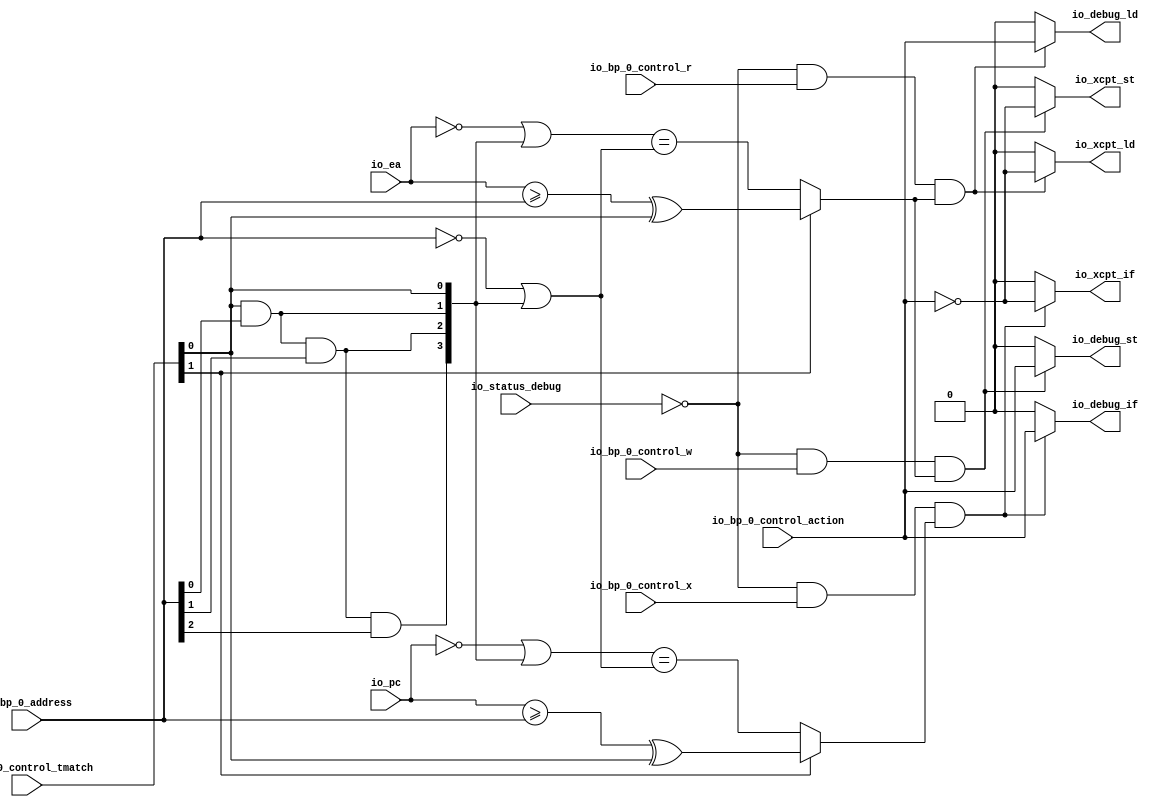
module BreakpointUnit( // @[:freechips.rocketchip.system.TinyConfig.fir@123153.2]
  input         io_status_debug, // @[:freechips.rocketchip.system.TinyConfig.fir@123156.4]
  input         io_bp_0_control_action, // @[:freechips.rocketchip.system.TinyConfig.fir@123156.4]
  input  [1:0]  io_bp_0_control_tmatch, // @[:freechips.rocketchip.system.TinyConfig.fir@123156.4]
  input         io_bp_0_control_x, // @[:freechips.rocketchip.system.TinyConfig.fir@123156.4]
  input         io_bp_0_control_w, // @[:freechips.rocketchip.system.TinyConfig.fir@123156.4]
  input         io_bp_0_control_r, // @[:freechips.rocketchip.system.TinyConfig.fir@123156.4]
  input  [31:0] io_bp_0_address, // @[:freechips.rocketchip.system.TinyConfig.fir@123156.4]
  input  [31:0] io_pc, // @[:freechips.rocketchip.system.TinyConfig.fir@123156.4]
  input  [31:0] io_ea, // @[:freechips.rocketchip.system.TinyConfig.fir@123156.4]
  output        io_xcpt_if, // @[:freechips.rocketchip.system.TinyConfig.fir@123156.4]
  output        io_xcpt_ld, // @[:freechips.rocketchip.system.TinyConfig.fir@123156.4]
  output        io_xcpt_st, // @[:freechips.rocketchip.system.TinyConfig.fir@123156.4]
  output        io_debug_if, // @[:freechips.rocketchip.system.TinyConfig.fir@123156.4]
  output        io_debug_ld, // @[:freechips.rocketchip.system.TinyConfig.fir@123156.4]
  output        io_debug_st // @[:freechips.rocketchip.system.TinyConfig.fir@123156.4]
);
  wire  _T; // @[Breakpoint.scala 30:35:freechips.rocketchip.system.TinyConfig.fir@123167.4]
  wire  _T_7; // @[Breakpoint.scala 79:16:freechips.rocketchip.system.TinyConfig.fir@123174.4]
  wire  _T_8; // @[Breakpoint.scala 47:23:freechips.rocketchip.system.TinyConfig.fir@123175.4]
  wire  _T_9; // @[Breakpoint.scala 44:8:freechips.rocketchip.system.TinyConfig.fir@123176.4]
  wire  _T_10; // @[Breakpoint.scala 44:36:freechips.rocketchip.system.TinyConfig.fir@123177.4]
  wire  _T_11; // @[Breakpoint.scala 44:20:freechips.rocketchip.system.TinyConfig.fir@123178.4]
  wire [31:0] _T_12; // @[Breakpoint.scala 41:6:freechips.rocketchip.system.TinyConfig.fir@123179.4]
  wire  _T_14; // @[Breakpoint.scala 38:83:freechips.rocketchip.system.TinyConfig.fir@123181.4]
  wire  _T_15; // @[Breakpoint.scala 38:73:freechips.rocketchip.system.TinyConfig.fir@123182.4]
  wire  _T_16; // @[Breakpoint.scala 38:83:freechips.rocketchip.system.TinyConfig.fir@123183.4]
  wire  _T_17; // @[Breakpoint.scala 38:73:freechips.rocketchip.system.TinyConfig.fir@123184.4]
  wire  _T_18; // @[Breakpoint.scala 38:83:freechips.rocketchip.system.TinyConfig.fir@123185.4]
  wire  _T_19; // @[Breakpoint.scala 38:73:freechips.rocketchip.system.TinyConfig.fir@123186.4]
  wire [3:0] _T_22; // @[Cat.scala 30:58:freechips.rocketchip.system.TinyConfig.fir@123189.4]
  wire [31:0] _GEN_9; // @[Breakpoint.scala 41:9:freechips.rocketchip.system.TinyConfig.fir@123190.4]
  wire [31:0] _T_23; // @[Breakpoint.scala 41:9:freechips.rocketchip.system.TinyConfig.fir@123190.4]
  wire [31:0] _T_24; // @[Breakpoint.scala 41:24:freechips.rocketchip.system.TinyConfig.fir@123191.4]
  wire [31:0] _T_35; // @[Breakpoint.scala 41:33:freechips.rocketchip.system.TinyConfig.fir@123202.4]
  wire  _T_36; // @[Breakpoint.scala 41:19:freechips.rocketchip.system.TinyConfig.fir@123203.4]
  wire  _T_37; // @[Breakpoint.scala 47:8:freechips.rocketchip.system.TinyConfig.fir@123204.4]
  wire  _T_38; // @[Breakpoint.scala 79:32:freechips.rocketchip.system.TinyConfig.fir@123205.4]
  wire  _T_39; // @[Breakpoint.scala 80:16:freechips.rocketchip.system.TinyConfig.fir@123206.4]
  wire  _T_70; // @[Breakpoint.scala 80:32:freechips.rocketchip.system.TinyConfig.fir@123237.4]
  wire  _T_71; // @[Breakpoint.scala 81:16:freechips.rocketchip.system.TinyConfig.fir@123238.4]
  wire  _T_73; // @[Breakpoint.scala 44:8:freechips.rocketchip.system.TinyConfig.fir@123240.4]
  wire  _T_75; // @[Breakpoint.scala 44:20:freechips.rocketchip.system.TinyConfig.fir@123242.4]
  wire [31:0] _T_76; // @[Breakpoint.scala 41:6:freechips.rocketchip.system.TinyConfig.fir@123243.4]
  wire [31:0] _T_87; // @[Breakpoint.scala 41:9:freechips.rocketchip.system.TinyConfig.fir@123254.4]
  wire  _T_100; // @[Breakpoint.scala 41:19:freechips.rocketchip.system.TinyConfig.fir@123267.4]
  wire  _T_101; // @[Breakpoint.scala 47:8:freechips.rocketchip.system.TinyConfig.fir@123268.4]
  wire  _T_102; // @[Breakpoint.scala 81:32:freechips.rocketchip.system.TinyConfig.fir@123269.4]
  wire  _T_106; // @[Breakpoint.scala 88:51:freechips.rocketchip.system.TinyConfig.fir@123276.6]
  assign _T = io_status_debug == 1'h0; // @[Breakpoint.scala 30:35:freechips.rocketchip.system.TinyConfig.fir@123167.4]
  assign _T_7 = _T & io_bp_0_control_r; // @[Breakpoint.scala 79:16:freechips.rocketchip.system.TinyConfig.fir@123174.4]
  assign _T_8 = io_bp_0_control_tmatch[1]; // @[Breakpoint.scala 47:23:freechips.rocketchip.system.TinyConfig.fir@123175.4]
  assign _T_9 = io_ea >= io_bp_0_address; // @[Breakpoint.scala 44:8:freechips.rocketchip.system.TinyConfig.fir@123176.4]
  assign _T_10 = io_bp_0_control_tmatch[0]; // @[Breakpoint.scala 44:36:freechips.rocketchip.system.TinyConfig.fir@123177.4]
  assign _T_11 = _T_9 ^ _T_10; // @[Breakpoint.scala 44:20:freechips.rocketchip.system.TinyConfig.fir@123178.4]
  assign _T_12 = ~ io_ea; // @[Breakpoint.scala 41:6:freechips.rocketchip.system.TinyConfig.fir@123179.4]
  assign _T_14 = io_bp_0_address[0]; // @[Breakpoint.scala 38:83:freechips.rocketchip.system.TinyConfig.fir@123181.4]
  assign _T_15 = _T_10 & _T_14; // @[Breakpoint.scala 38:73:freechips.rocketchip.system.TinyConfig.fir@123182.4]
  assign _T_16 = io_bp_0_address[1]; // @[Breakpoint.scala 38:83:freechips.rocketchip.system.TinyConfig.fir@123183.4]
  assign _T_17 = _T_15 & _T_16; // @[Breakpoint.scala 38:73:freechips.rocketchip.system.TinyConfig.fir@123184.4]
  assign _T_18 = io_bp_0_address[2]; // @[Breakpoint.scala 38:83:freechips.rocketchip.system.TinyConfig.fir@123185.4]
  assign _T_19 = _T_17 & _T_18; // @[Breakpoint.scala 38:73:freechips.rocketchip.system.TinyConfig.fir@123186.4]
  assign _T_22 = {_T_19,_T_17,_T_15,_T_10}; // @[Cat.scala 30:58:freechips.rocketchip.system.TinyConfig.fir@123189.4]
  assign _GEN_9 = {{28'd0}, _T_22}; // @[Breakpoint.scala 41:9:freechips.rocketchip.system.TinyConfig.fir@123190.4]
  assign _T_23 = _T_12 | _GEN_9; // @[Breakpoint.scala 41:9:freechips.rocketchip.system.TinyConfig.fir@123190.4]
  assign _T_24 = ~ io_bp_0_address; // @[Breakpoint.scala 41:24:freechips.rocketchip.system.TinyConfig.fir@123191.4]
  assign _T_35 = _T_24 | _GEN_9; // @[Breakpoint.scala 41:33:freechips.rocketchip.system.TinyConfig.fir@123202.4]
  assign _T_36 = _T_23 == _T_35; // @[Breakpoint.scala 41:19:freechips.rocketchip.system.TinyConfig.fir@123203.4]
  assign _T_37 = _T_8 ? _T_11 : _T_36; // @[Breakpoint.scala 47:8:freechips.rocketchip.system.TinyConfig.fir@123204.4]
  assign _T_38 = _T_7 & _T_37; // @[Breakpoint.scala 79:32:freechips.rocketchip.system.TinyConfig.fir@123205.4]
  assign _T_39 = _T & io_bp_0_control_w; // @[Breakpoint.scala 80:16:freechips.rocketchip.system.TinyConfig.fir@123206.4]
  assign _T_70 = _T_39 & _T_37; // @[Breakpoint.scala 80:32:freechips.rocketchip.system.TinyConfig.fir@123237.4]
  assign _T_71 = _T & io_bp_0_control_x; // @[Breakpoint.scala 81:16:freechips.rocketchip.system.TinyConfig.fir@123238.4]
  assign _T_73 = io_pc >= io_bp_0_address; // @[Breakpoint.scala 44:8:freechips.rocketchip.system.TinyConfig.fir@123240.4]
  assign _T_75 = _T_73 ^ _T_10; // @[Breakpoint.scala 44:20:freechips.rocketchip.system.TinyConfig.fir@123242.4]
  assign _T_76 = ~ io_pc; // @[Breakpoint.scala 41:6:freechips.rocketchip.system.TinyConfig.fir@123243.4]
  assign _T_87 = _T_76 | _GEN_9; // @[Breakpoint.scala 41:9:freechips.rocketchip.system.TinyConfig.fir@123254.4]
  assign _T_100 = _T_87 == _T_35; // @[Breakpoint.scala 41:19:freechips.rocketchip.system.TinyConfig.fir@123267.4]
  assign _T_101 = _T_8 ? _T_75 : _T_100; // @[Breakpoint.scala 47:8:freechips.rocketchip.system.TinyConfig.fir@123268.4]
  assign _T_102 = _T_71 & _T_101; // @[Breakpoint.scala 81:32:freechips.rocketchip.system.TinyConfig.fir@123269.4]
  assign _T_106 = io_bp_0_control_action == 1'h0; // @[Breakpoint.scala 88:51:freechips.rocketchip.system.TinyConfig.fir@123276.6]
  assign io_xcpt_if = _T_102 ? _T_106 : 1'h0; // @[Breakpoint.scala 70:14:freechips.rocketchip.system.TinyConfig.fir@123161.4 Breakpoint.scala 90:40:freechips.rocketchip.system.TinyConfig.fir@123295.6]
  assign io_xcpt_ld = _T_38 ? _T_106 : 1'h0; // @[Breakpoint.scala 71:14:freechips.rocketchip.system.TinyConfig.fir@123162.4 Breakpoint.scala 88:40:freechips.rocketchip.system.TinyConfig.fir@123277.6]
  assign io_xcpt_st = _T_70 ? _T_106 : 1'h0; // @[Breakpoint.scala 72:14:freechips.rocketchip.system.TinyConfig.fir@123163.4 Breakpoint.scala 89:40:freechips.rocketchip.system.TinyConfig.fir@123286.6]
  assign io_debug_if = _T_102 ? io_bp_0_control_action : 1'h0; // @[Breakpoint.scala 73:15:freechips.rocketchip.system.TinyConfig.fir@123164.4 Breakpoint.scala 90:73:freechips.rocketchip.system.TinyConfig.fir@123297.6]
  assign io_debug_ld = _T_38 ? io_bp_0_control_action : 1'h0; // @[Breakpoint.scala 74:15:freechips.rocketchip.system.TinyConfig.fir@123165.4 Breakpoint.scala 88:73:freechips.rocketchip.system.TinyConfig.fir@123279.6]
  assign io_debug_st = _T_70 ? io_bp_0_control_action : 1'h0; // @[Breakpoint.scala 75:15:freechips.rocketchip.system.TinyConfig.fir@123166.4 Breakpoint.scala 89:73:freechips.rocketchip.system.TinyConfig.fir@123288.6]
endmodule